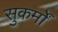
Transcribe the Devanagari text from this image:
सुकर्मों